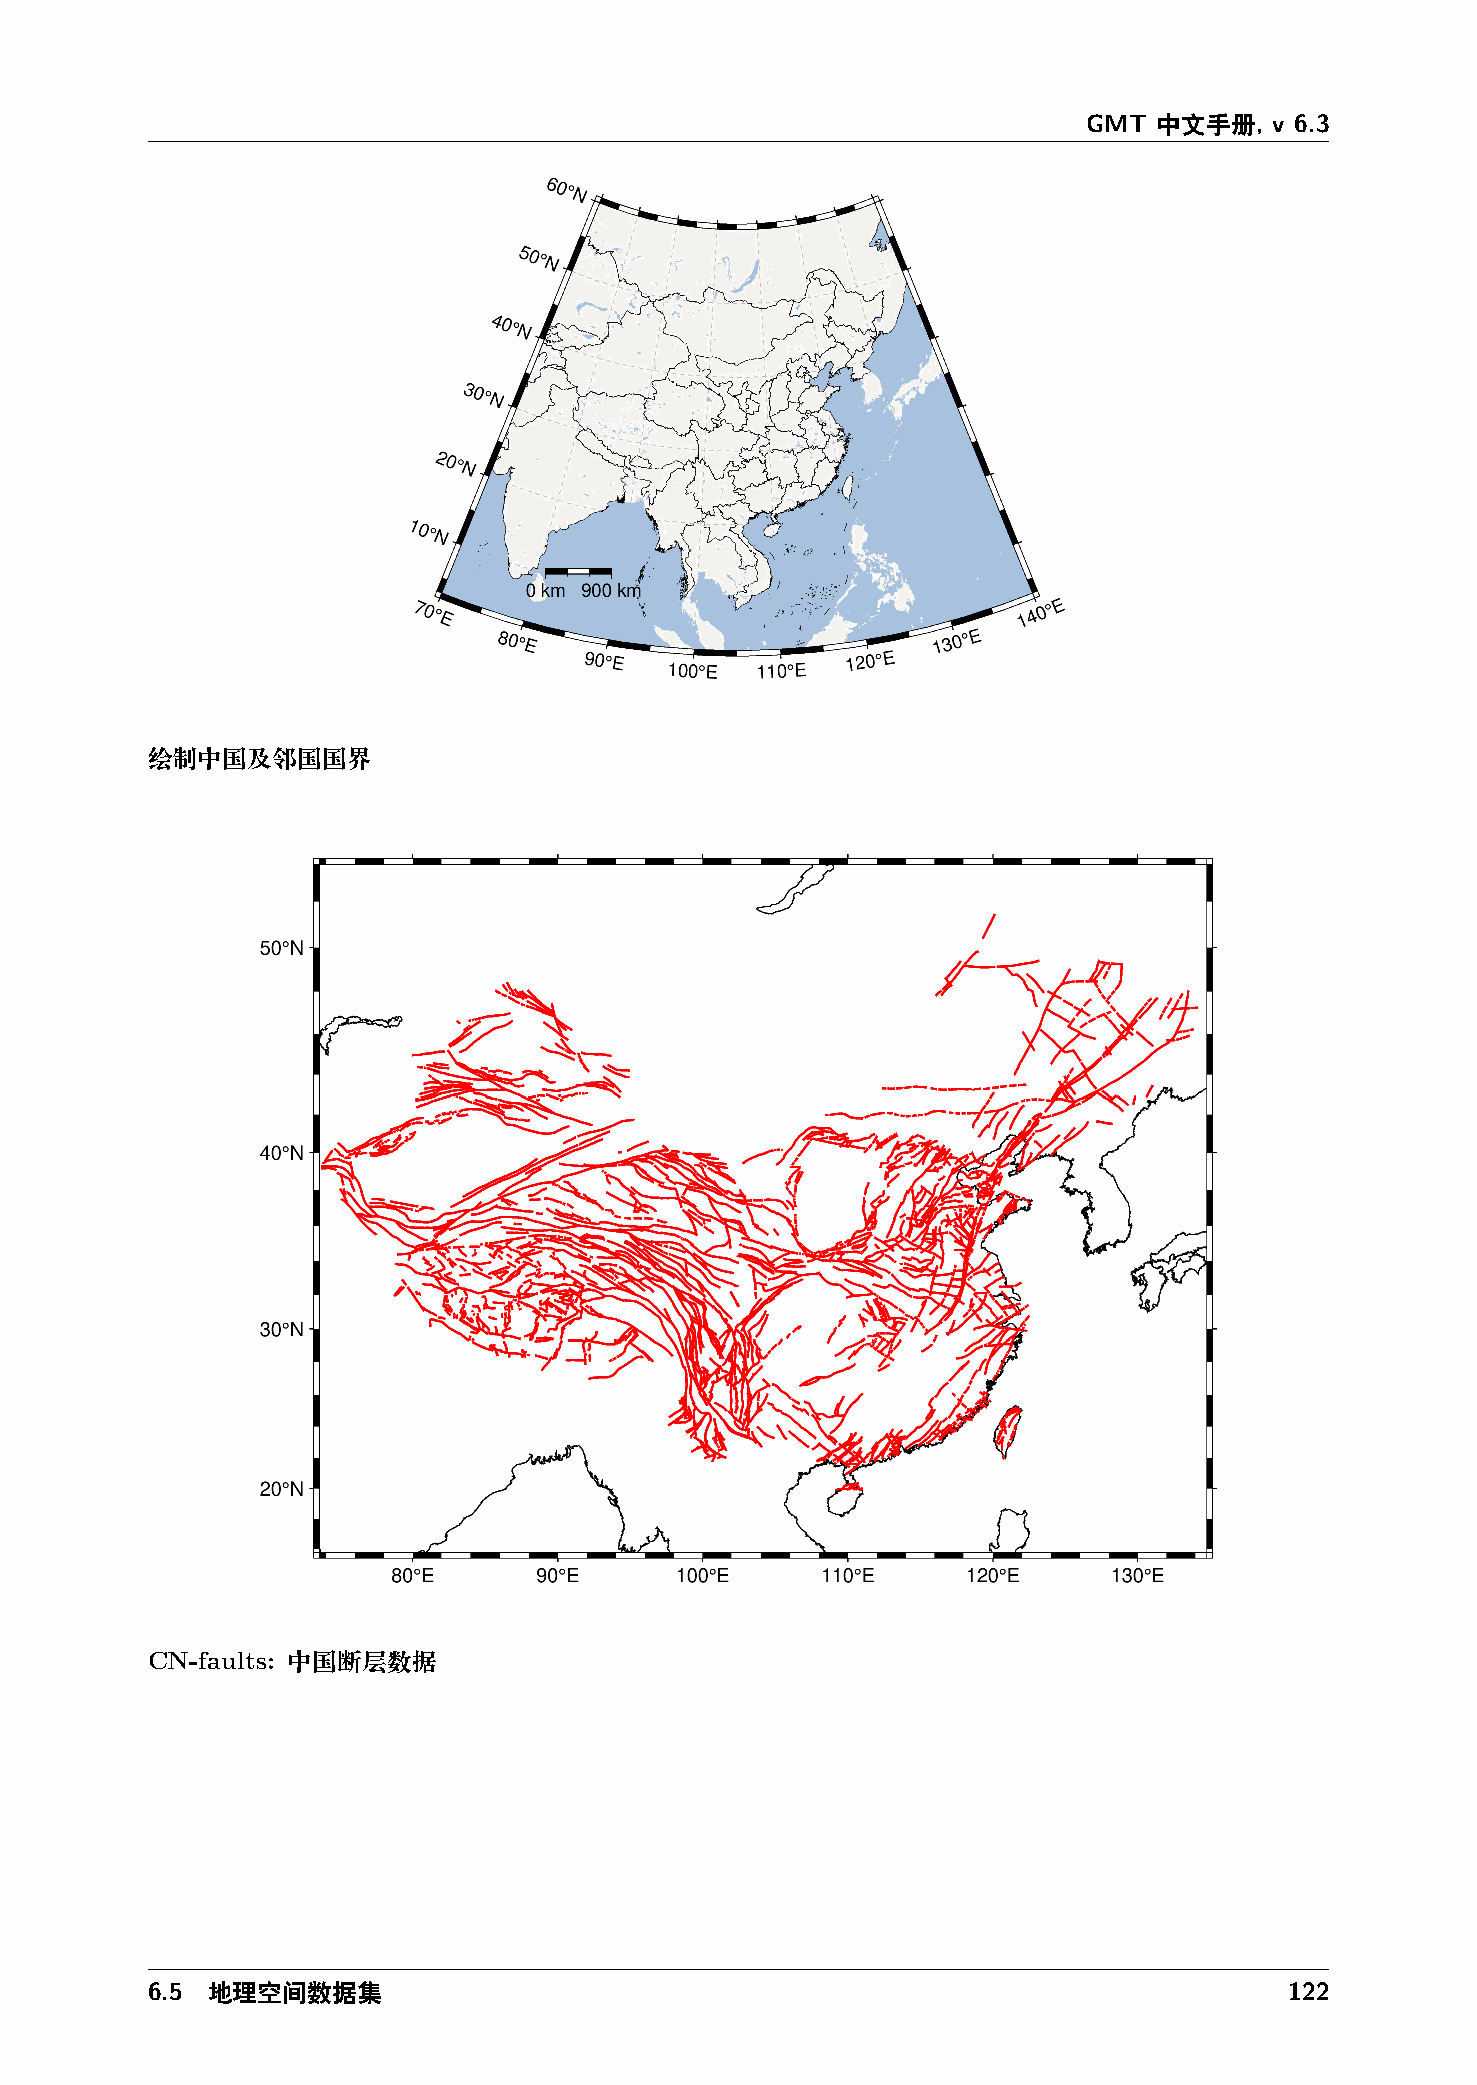
GMT  中文手册,  v 6.3
 绘制中国及邻国国界
 CN-faults: 中国断层数据
 6.5 地理空间数据集                                                                122